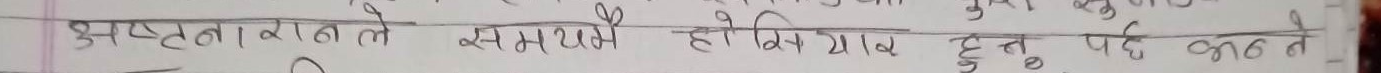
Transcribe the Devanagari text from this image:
अस्पष्टता आते समस्ये हीं यावंतु पछ कठ ते